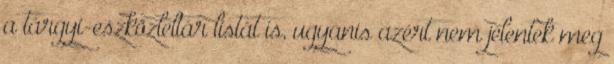
a tárgyi-eszközleltár listát is, ugyanis azért nem jelentek meg